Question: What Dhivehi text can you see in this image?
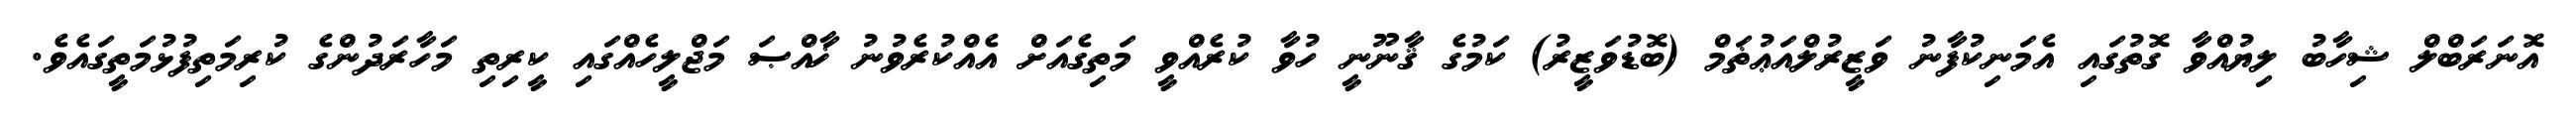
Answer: އޮނަރަބްލް ޝިހާބު ލިޔުއްވާ ގޮތުގައި އެމަނިކުފާނު ވަޒީރުލްއަޢުޡަމް (ބޮޑުވަޒީރު) ކަމުގެ ޤާނޫނީ ހުވާ ކުރެއްވީ މަތިގެއަށް އެއްކުރެވުނު ޚާއްޞަ މަޖްލީހެއްގައި ކީރިތި މަހާރަދުންގެ ކުރިމަތިފުޅުމަތީގައެވެ.